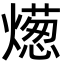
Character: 燪